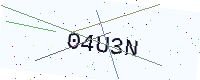
Text: 04U3N